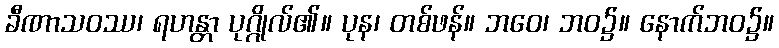
ခီဏာသဝဿ၊ ရဟန္တာ ပုဂ္ဂိုလ်၏။ ပုန၊ တစ်ဖန်။ ဘဝေ၊ ဘဝ၌။ နောက်ဘဝ၌။